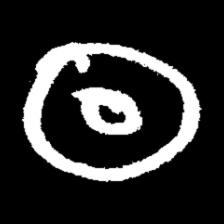
Pyu character \u2014 Myanmar letter: ထ (romanized: tha)